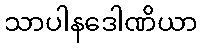
သာပါနဒေါဏိယာ